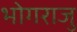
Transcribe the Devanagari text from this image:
भोगराजु